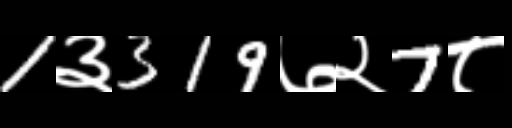
Text: 1३319७२7८